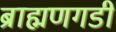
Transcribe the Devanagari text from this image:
ब्राह्मणगडी